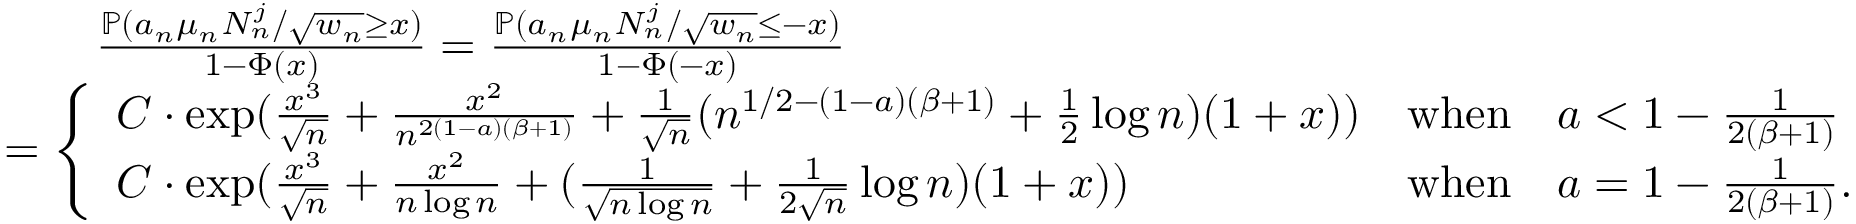
\begin{array} { r l } & { \quad \quad \frac { \mathbb { P } ( a _ { n } \mu _ { n } N _ { n } ^ { j } / \sqrt { w _ { n } } \geq x ) } { 1 - \Phi ( x ) } = \frac { \mathbb { P } ( a _ { n } \mu _ { n } N _ { n } ^ { j } / \sqrt { w _ { n } } \leq - x ) } { 1 - \Phi ( - x ) } } \\ & { = \left\{ \begin{array} { l l } { C \cdot \exp ( \frac { x ^ { 3 } } { \sqrt { n } } + \frac { x ^ { 2 } } { n ^ { 2 ( 1 - a ) ( \beta + 1 ) } } + \frac { 1 } { \sqrt { n } } ( n ^ { 1 / 2 - ( 1 - a ) ( \beta + 1 ) } + \frac { 1 } { 2 } \log n ) ( 1 + x ) ) } & { \mathrm { w h e n } \quad a < 1 - \frac { 1 } { 2 ( \beta + 1 ) } } \\ { C \cdot \exp ( \frac { x ^ { 3 } } { \sqrt { n } } + \frac { x ^ { 2 } } { n \log n } + ( \frac { 1 } { \sqrt { n \log n } } + \frac { 1 } { 2 \sqrt { n } } \log n ) ( 1 + x ) ) } & { \mathrm { w h e n } \quad a = 1 - \frac { 1 } { 2 ( \beta + 1 ) } . } \end{array} \right. } \end{array}